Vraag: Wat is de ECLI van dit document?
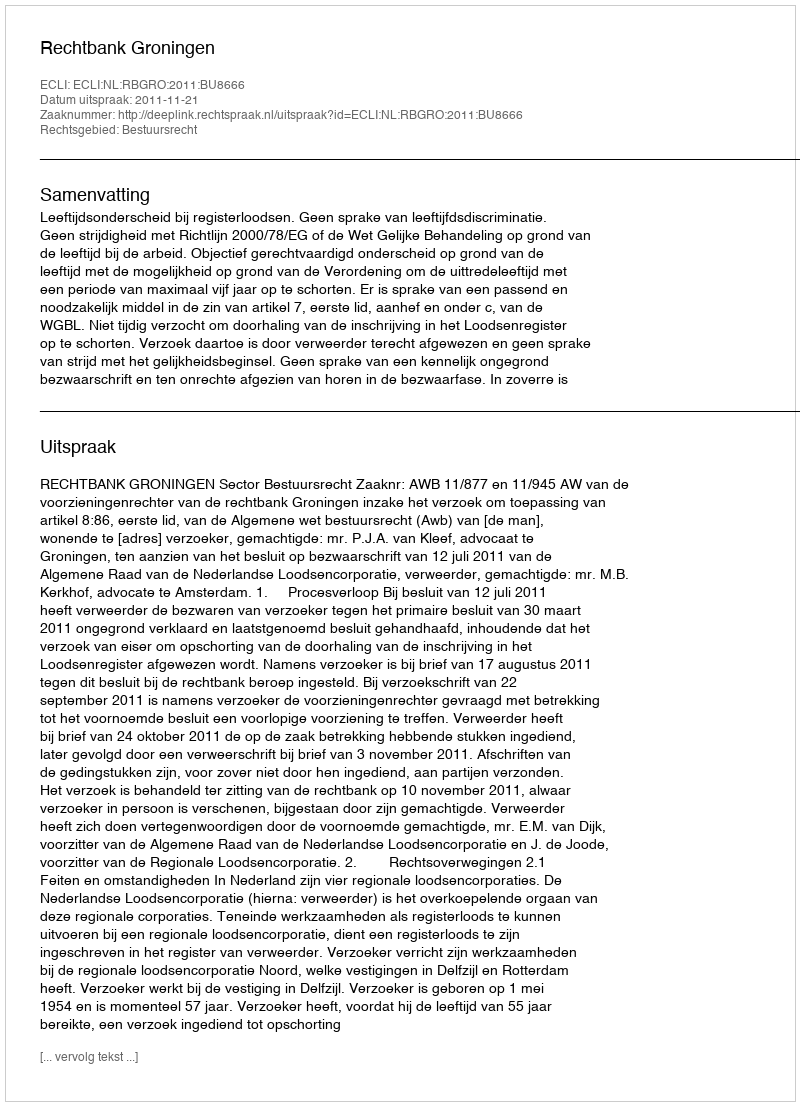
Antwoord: ECLI:NL:RBGRO:2011:BU8666